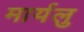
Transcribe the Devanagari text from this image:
मार्यलु